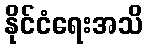
နိုင်ငံရေးအသိ